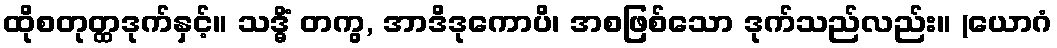
ထိုစတုတ္ထဒုက်နှင့်။ သဒ္ဓိံ တကွ, အာဒိဒုကောပိ၊ အစဖြစ်သော ဒုက်သည်လည်း။ (ယောဂံ